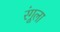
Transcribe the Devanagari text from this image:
रंगूला